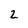
Character: 2